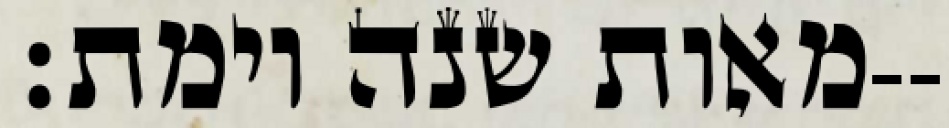
מאות שנה וימת׃--